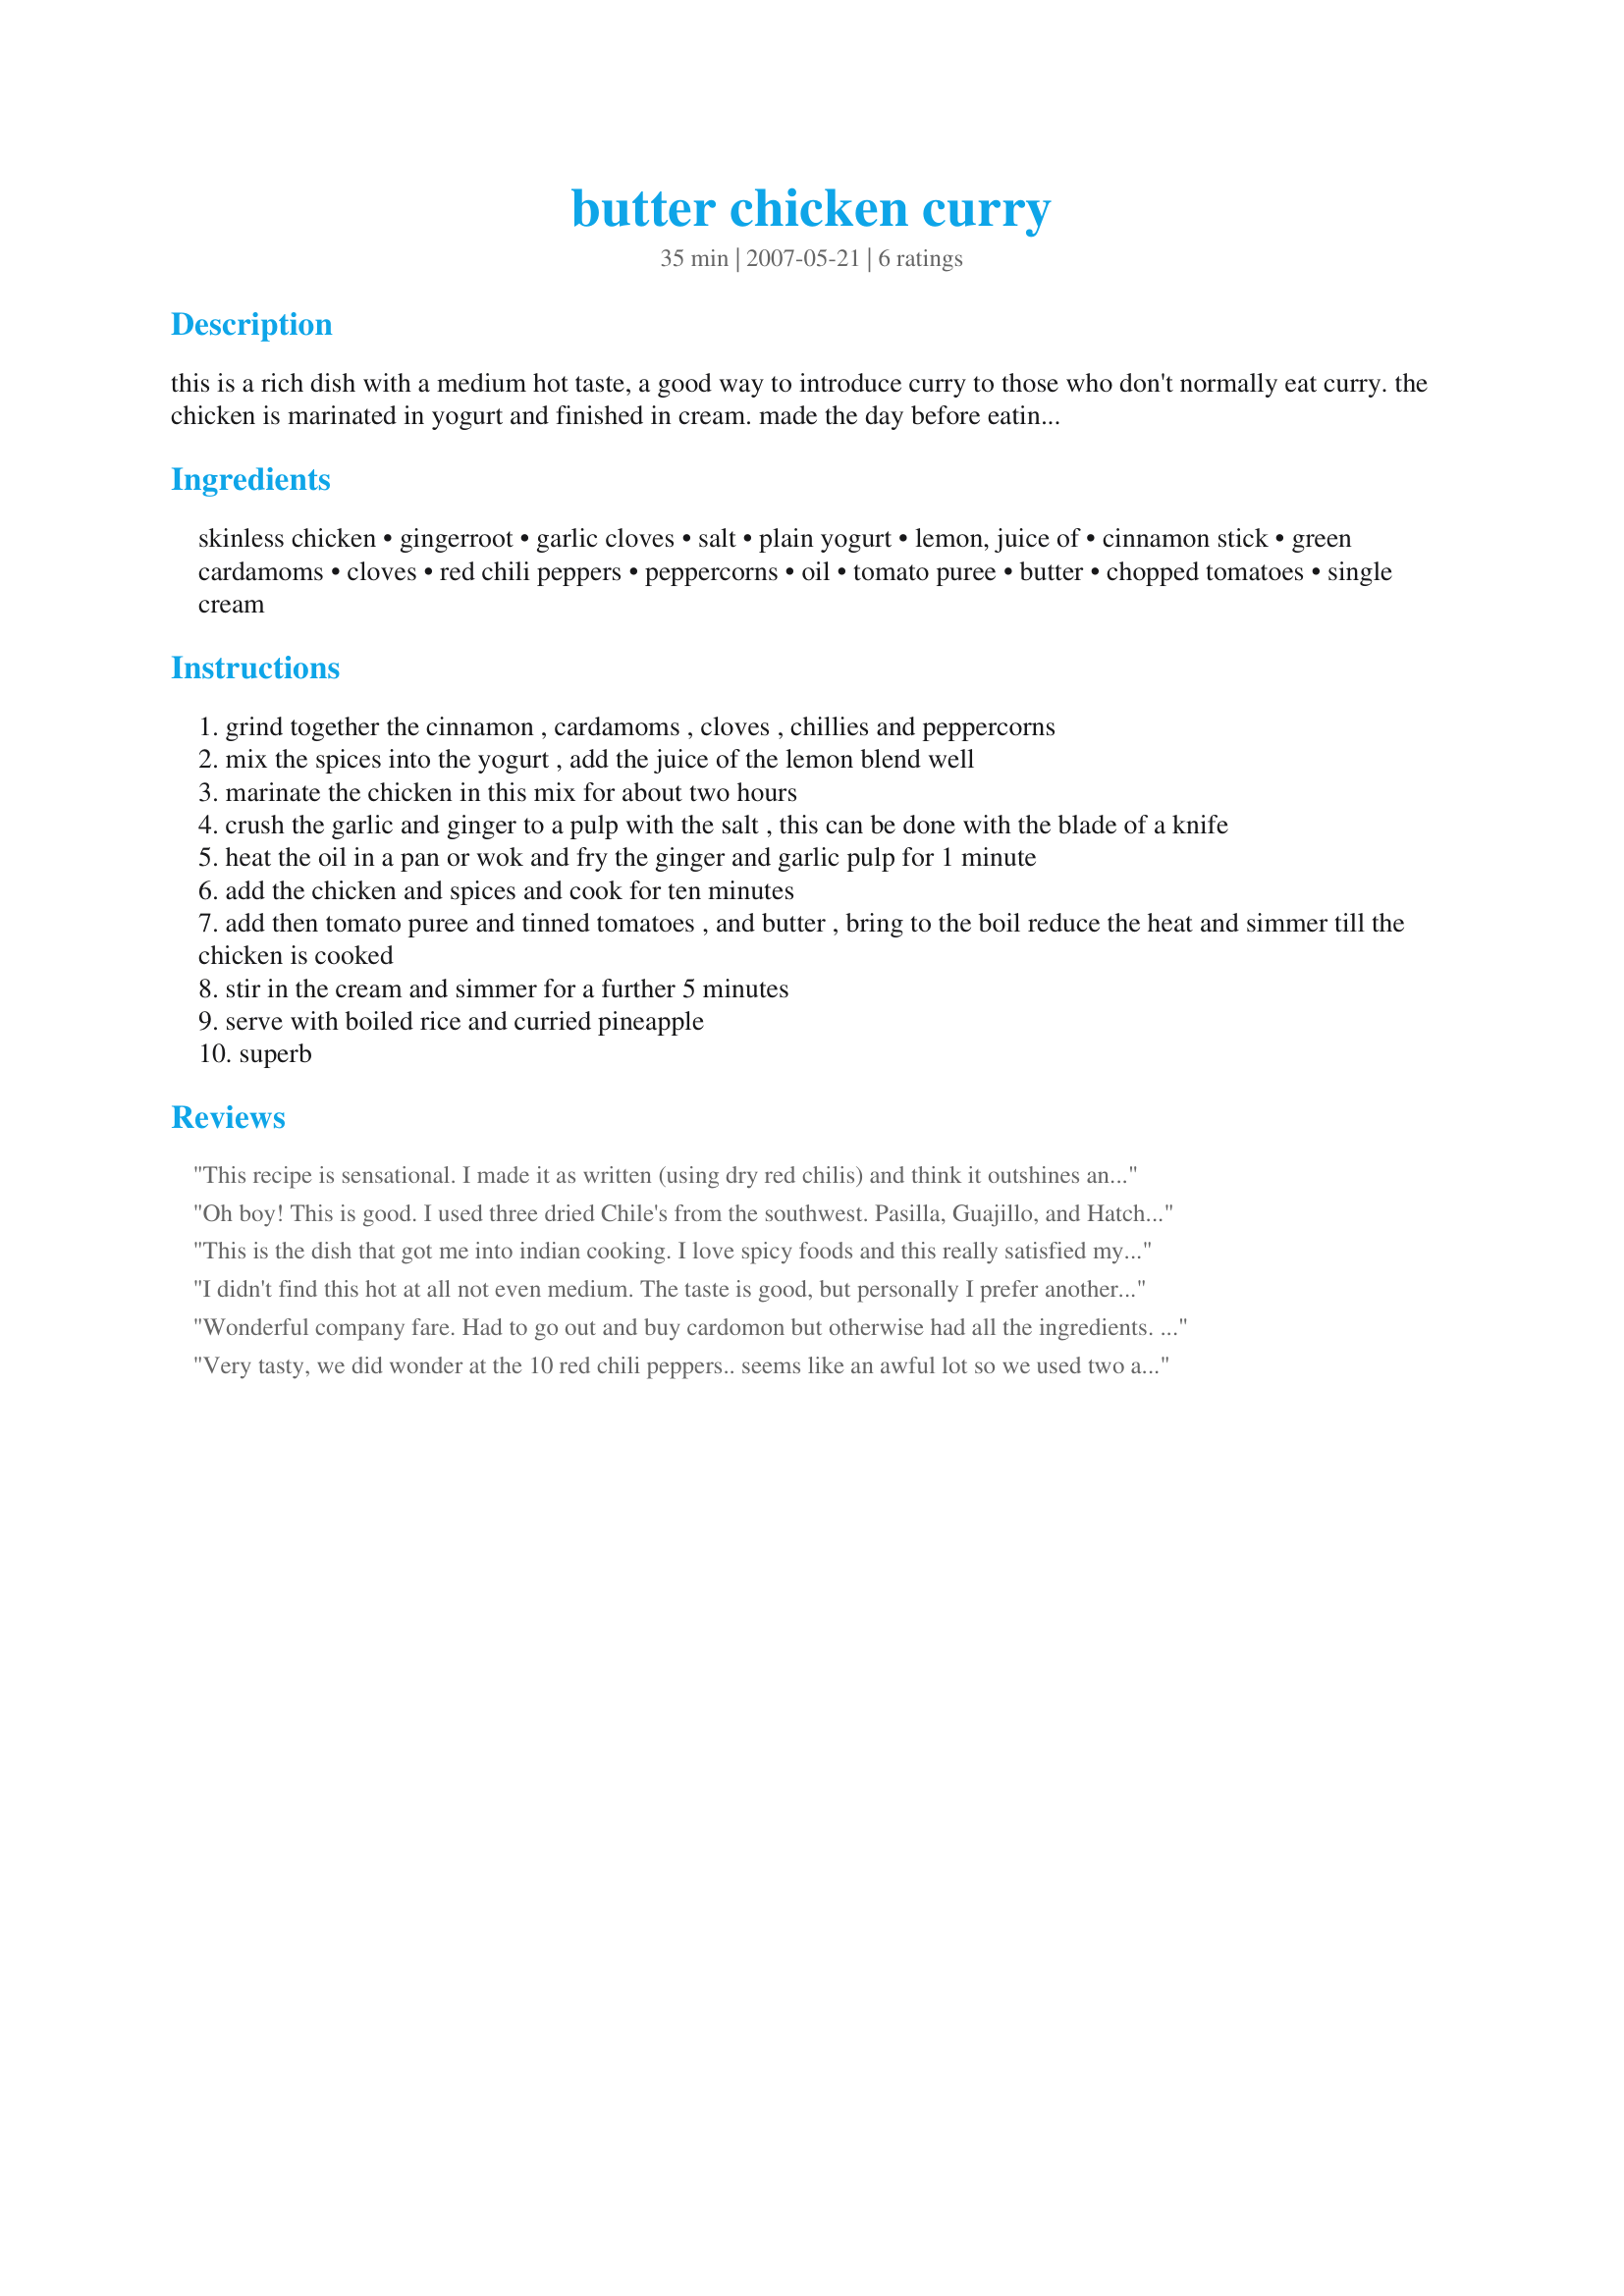
butter chicken curry
Preparation time: 35 minutes

this is a rich dish with a medium hot taste, a good way to introduce curry to those who don't normally eat curry. the chicken is marinated in yogurt and finished in cream. made the day before eating it is easy to remove the excess fat. simple to cook, this is my wifes favorite curry.

Ingredients:
skinless chicken, gingerroot, garlic cloves, salt, plain yogurt, lemon, juice of, cinnamon stick, green cardamoms, cloves, red chili peppers, peppercorns, oil, tomato puree, butter, chopped tomatoes, single cream

Steps:
grind together the cinnamon , cardamoms , cloves , chillies and peppercorns
mix the spices into the yogurt , add the juice of the lemon blend well
marinate the chicken in this mix for about two hours
crush the garlic and ginger to a pulp with the salt , this can be done with the blade of a knife
heat the oil in a pan or wok and fry the ginger and garlic pulp for 1 minute
add the chicken and spices and cook for ten minutes
add then tomato puree and tinned tomatoes , and butter , bring to the boil reduce the heat and simmer till the chicken is cooked
stir in the cream and simmer for a further 5 minutes
serve with boiled rice and curried pineapple
superb

Reviews:
This recipe is sensational. I made it as written (using dry red chilis) and think it outshines any restaurant version of butter chicken I tried. Do make it ahead to give the flavours time to develop. Thanks for a real keeper!
Oh boy! This is good. I used three dried Chile's from the southwest. Pasilla, Guajillo, and Hatch medium hot. 3,3, and 4 respectively. I seeded and deveined the chilies, and toasted the chilies and whole spices before grinding. Other than that, recipe as written. This had a very palatable heat. Aroma was heavenly, taste, to die for. This is a keeper.
This is the dish that got me into indian cooking. I love spicy foods and this really satisfied my cravings for it! I've already made this twice and will certainly be making this again. Thanks!
I didn't find this hot at all not even medium. The taste is good, but personally I prefer another recipe I have for butter chicken, I find it more creamier. I thought I would try this one and see how it went..The flavor was pretty good though. Followed the recipe exactly as written. If I try this again I would add alot more peppers or chili powder.
Wonderful company fare. Had to go out and buy cardomon but otherwise had all the ingredients. Terrific, tasty, and though I just made it for two, this will be made again for more to savor. Impressive.
Very tasty, we did wonder at the 10 red chili peppers.. seems like an awful lot so we used two and it was firery enough for our tastes. in step one I tried hard to grind the spices as dircted with my blender but ended up with woody bits of cardamom and cinnamon stick which I didn't think would go well at all once mixed in with the yogurt, so I started again using ground cardamom, cinnamon, cloves and then added chopped chili peppers and 5 whole cardamoms and I think that worked better for us. For the rest I followed the recipe and the taste was great. Please see my Rating System: 4 wonderful stars for a recipe that I will certainly be making again. Thanks!
